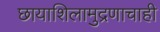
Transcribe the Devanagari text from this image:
छायाशिलामुद्रणाचाही